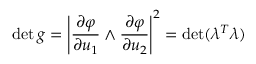
\operatorname* { d e t } g = \left| { \frac { \partial \varphi } { \partial u _ { 1 } } } \wedge { \frac { \partial \varphi } { \partial u _ { 2 } } } \right| ^ { 2 } = \operatorname* { d e t } ( \lambda ^ { T } \lambda )